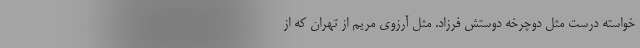
خواسته درست مثل دوچرخه دوستش فرزاد. مثل آرزوی مریم از تهران که از